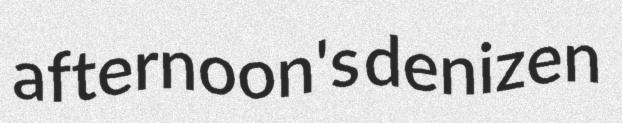
afternoon's denizen